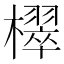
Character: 𣝦